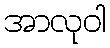
အာလုဝါ